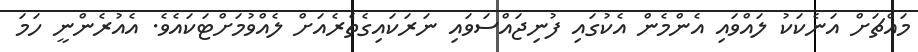
މައްޗަށް އަނެކަކު ލައްވައި އެންމެން އެކުގައި ފުނިޖައްސަވައި ނަރަކައިގެތެރެއަށް ލެއްވުމަށްޓަކައެވެ. އެއުރެންނީ ހަމަ